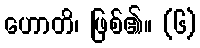
ဟောတိ၊ ဖြစ်၏။ (၆)